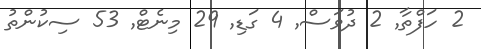
2 ހަފްތާ